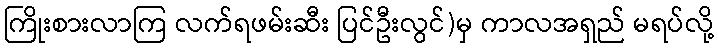
ကြိုးစားလာကြ လက်ရဖမ်းဆီး ပြင်ဦးလွင်)မှ ကာလအရှည် မရပ်လို့